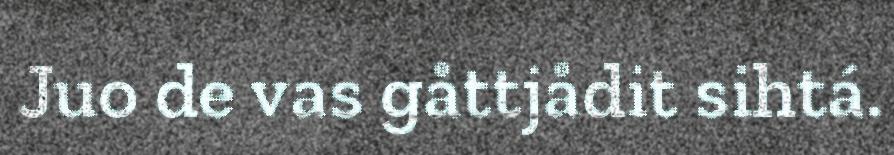
Juo de vas gåttjådit sihtá.